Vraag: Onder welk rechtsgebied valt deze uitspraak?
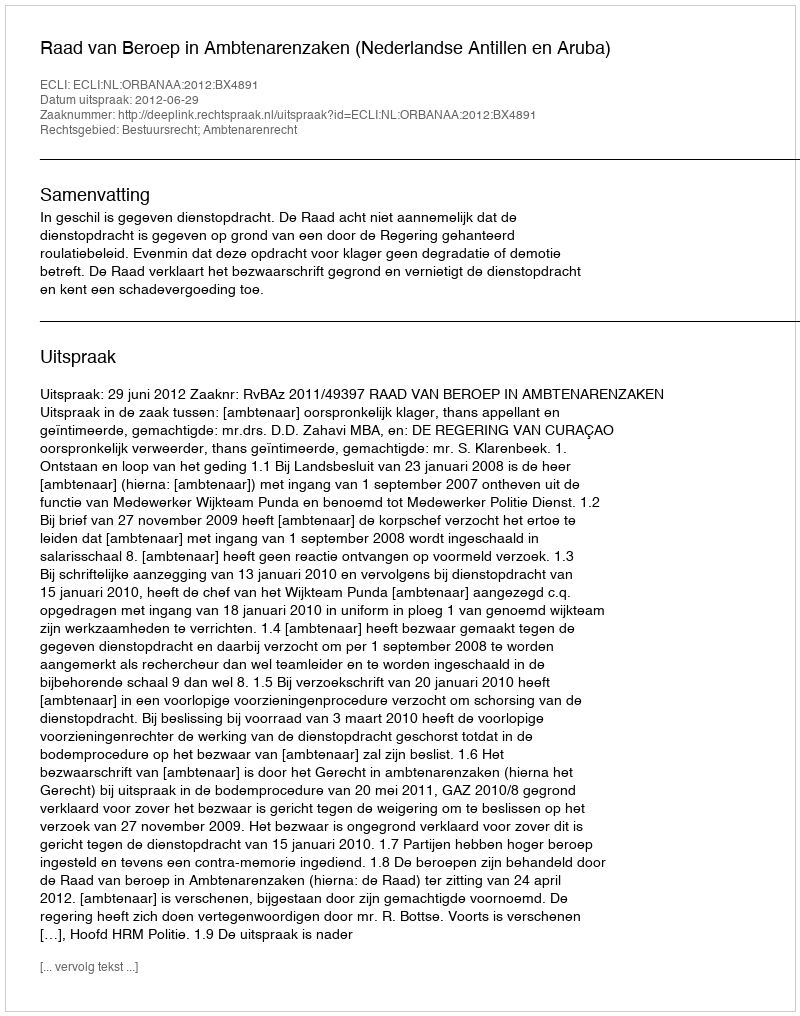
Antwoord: Bestuursrecht; Ambtenarenrecht